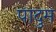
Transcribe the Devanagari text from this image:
पादुम